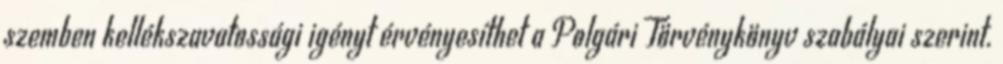
szemben kellékszavatossági igényt érvényesíthet a Polgári Törvénykönyv szabályai szerint.